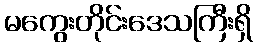
မကွေးတိုင်းဒေသကြီးရှိ